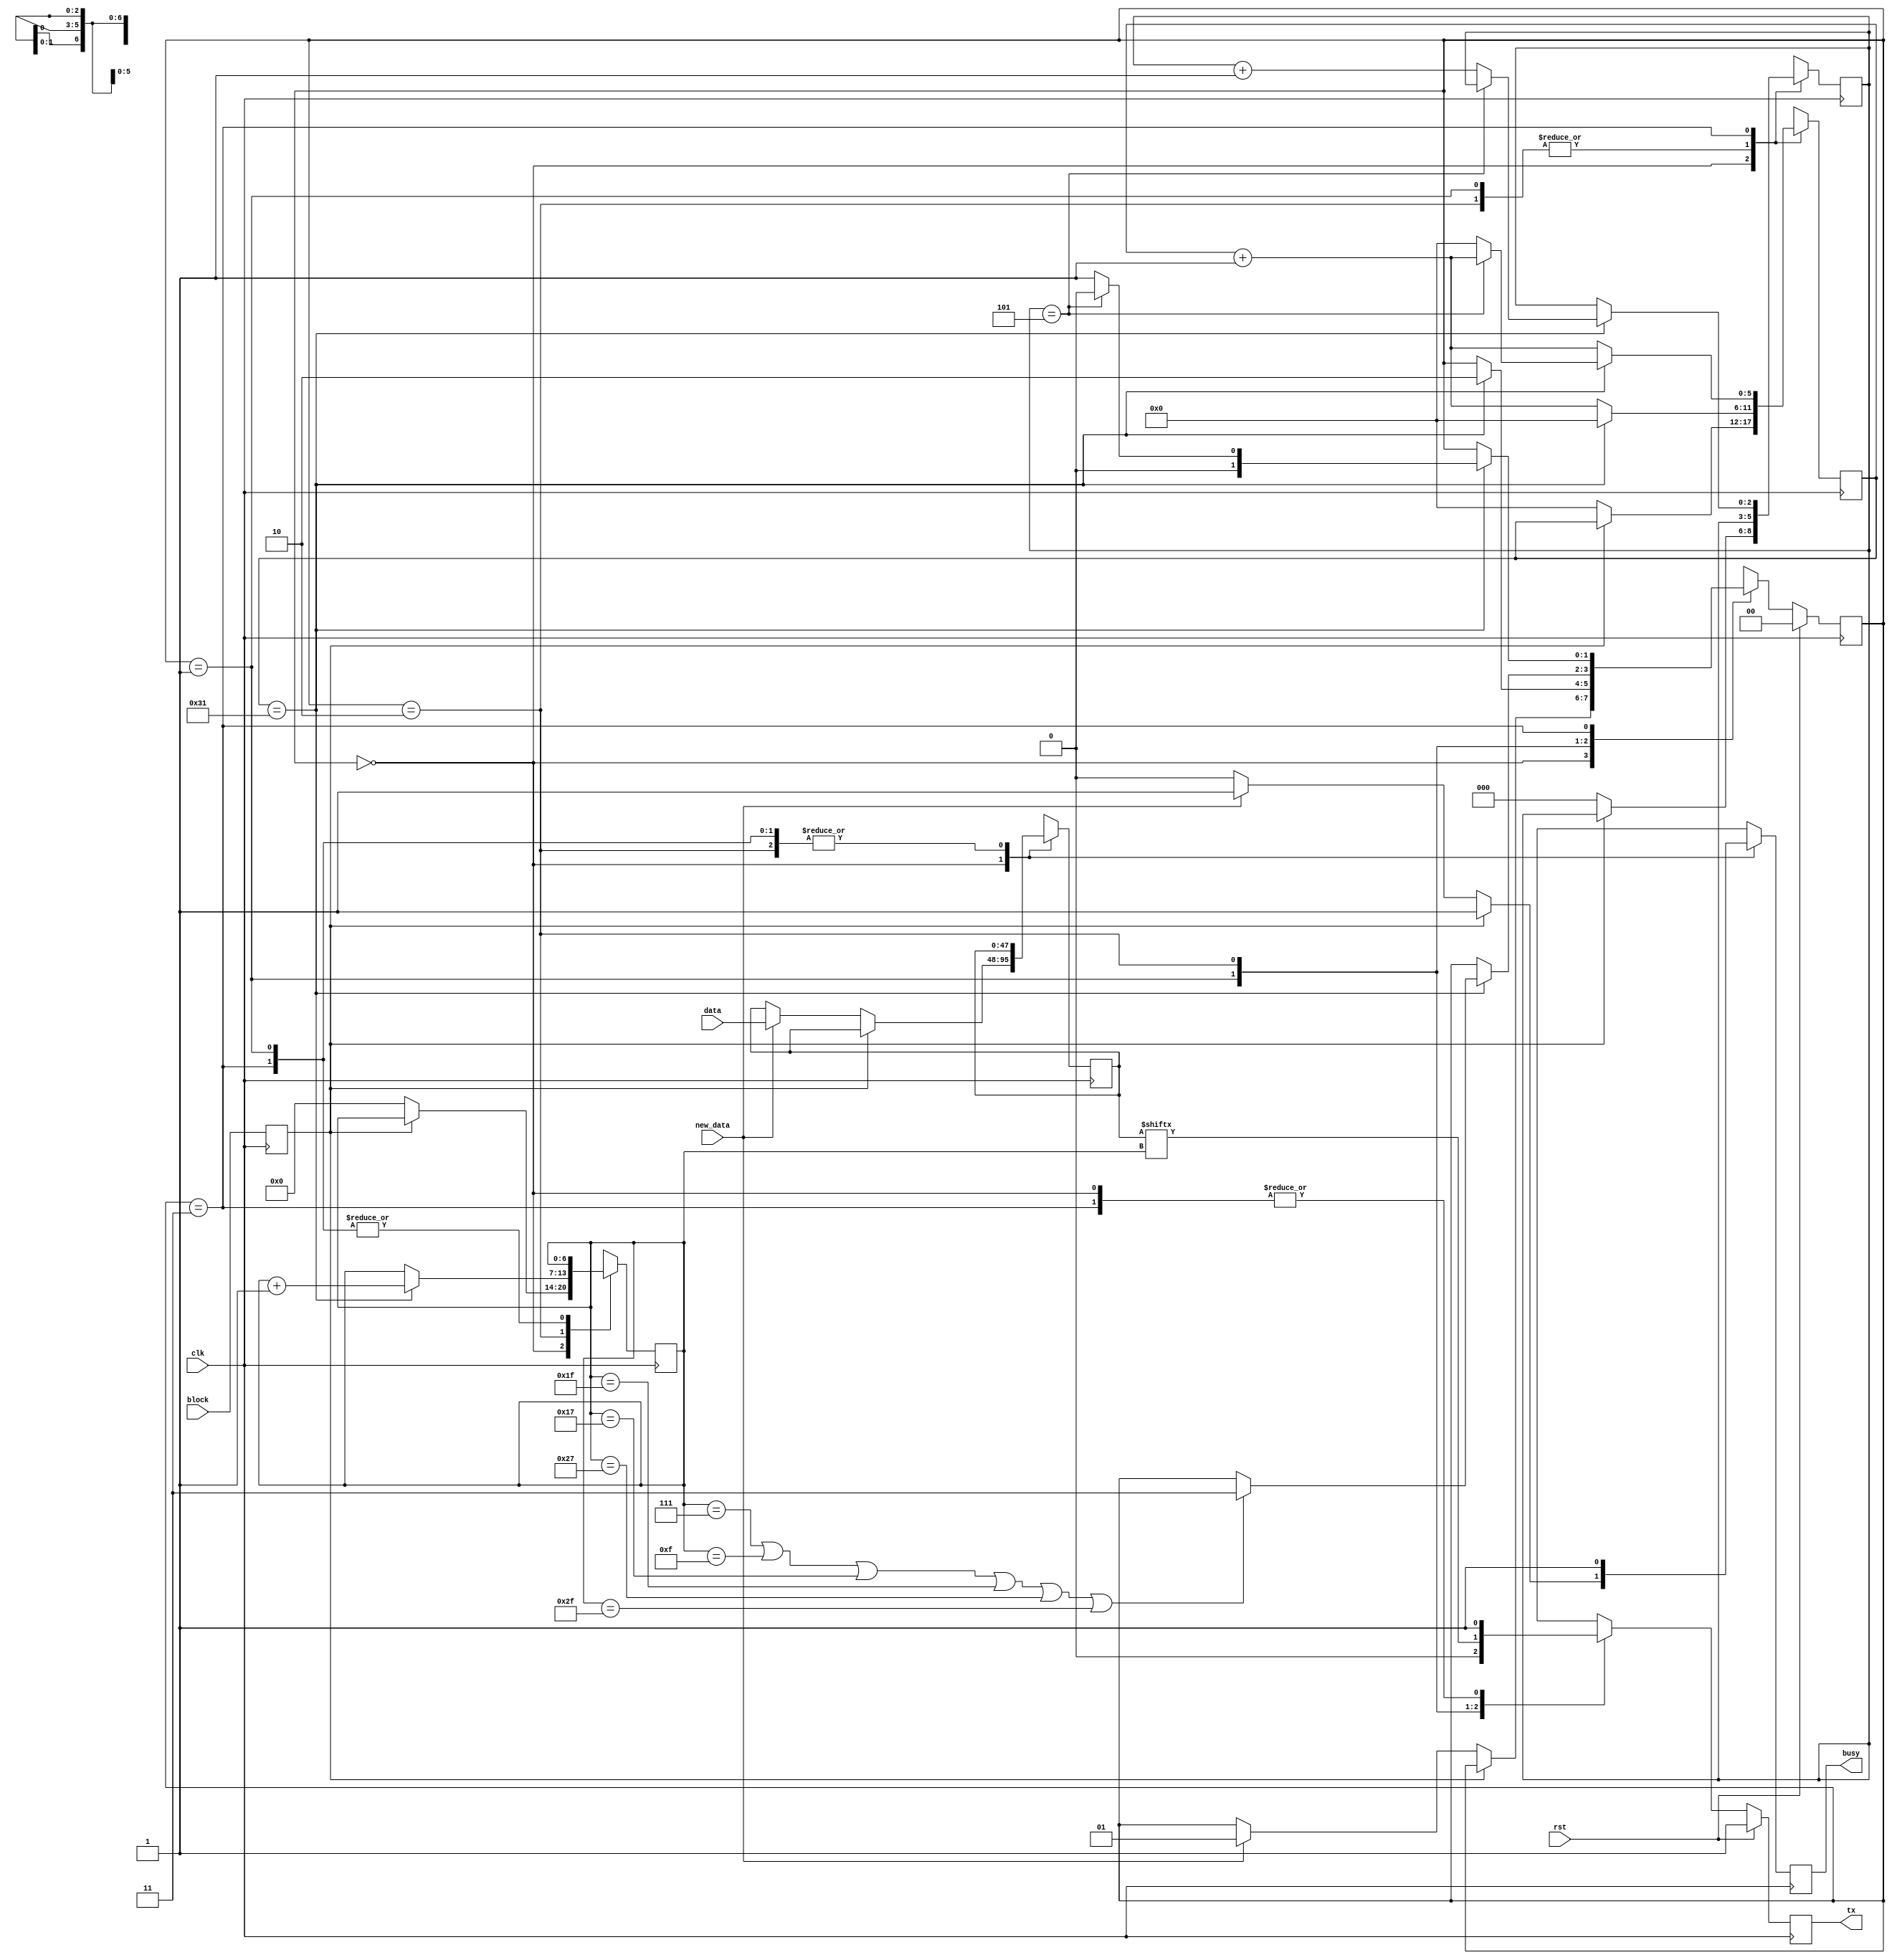
module serial_tx2_14 #(
        parameter CLK_PER_BIT = 50
    )(
        // INPUT
        input clk,
        input rst,
        input block,
        input new_data,
        input [47:0] data,
        
        // OUTPUT
        output tx,
        output busy
    );

    // clog2 is 'ceiling of log base 2' which gives you the number of bits needed to store a value
    parameter CTR_SIZE = $clog2(CLK_PER_BIT);

    localparam STATE_SIZE = 2;
    localparam IDLE = 2'd0,
    START_BIT = 2'd1,
    DATA = 2'd2,
    STOP_BIT = 2'd3;

    reg [CTR_SIZE-1:0] ctr_d, ctr_q;
    reg [6:0] bit_ctr_d, bit_ctr_q;
    reg [47:0] data_d, data_q;
    reg [STATE_SIZE-1:0] state_d, state_q = IDLE;
    reg tx_d, tx_q;
    reg busy_d, busy_q;
    reg block_d, block_q;

    reg [2:0] Byte_countr_d,Byte_countr_q;

    assign tx = tx_q;
    assign busy = busy_q;

    always @(*) begin
        block_d = block;
        ctr_d = ctr_q;
        bit_ctr_d = bit_ctr_q;
        data_d = data_q;
        state_d = state_q;
        busy_d = busy_q;
        Byte_countr_d = Byte_countr_q;

        case (state_q)
            IDLE: begin
                if (block_q) begin
                    busy_d = 1'b1;
                    tx_d = 1'b1;
                end else begin
                    busy_d = 1'b0;
                    tx_d = 1'b1;
                    bit_ctr_d = 4'd0;
                    ctr_d = 1'b0;
                    Byte_countr_d=1'b0;
                    if (new_data) begin
                        data_d = data;
                        state_d = START_BIT;
                        busy_d = 1'b1;
                    end
                end
            end

            START_BIT: begin
                busy_d = 1'b1;
                ctr_d = ctr_q + 1'b1;
                tx_d = 1'b0;
                if (ctr_q == CLK_PER_BIT - 1) begin
                    ctr_d = 1'b0;
                    state_d = DATA;
                end
            end
            DATA: begin
                busy_d = 1'b1;
                tx_d = data_q[bit_ctr_q];
                ctr_d = ctr_q + 1'b1;
                if (ctr_q == CLK_PER_BIT - 1) begin
                    ctr_d = 1'b0;
                    bit_ctr_d = bit_ctr_q + 1'b1;
                    // for 8 bytes
                    if (bit_ctr_q == 7 || bit_ctr_q == 15 || bit_ctr_q == 23 || bit_ctr_q == 31||bit_ctr_q == 39|| bit_ctr_q == 47 ) begin//|| bit_ctr_q == 39 || bit_ctr_q == 47 || bit_ctr_q == 55 || bit_ctr_q == 63) begin//  change if increase package
                        state_d = STOP_BIT;
                    end
                end
            end
            STOP_BIT: begin
                busy_d = 1'b1;
                tx_d = 1'b1;
                ctr_d = ctr_q + 1'b1;
                if (ctr_q == CLK_PER_BIT - 1) begin
                    // 8 bytes -> 3'd7
                    if (Byte_countr_q == 3'd5) begin 
                        state_d = IDLE;
                    end else begin
                        // make delay to avoid error becuase of missmatch of speed
                        Byte_countr_d = Byte_countr_q +1'b1;
                        state_d = START_BIT;
                        ctr_d = 1'b0;
                    end               
                end


            end






            default: begin
                state_d = IDLE;
            end
        endcase
    end

    always @(posedge clk) begin
        if (rst) begin
            state_q <= IDLE;
            tx_q <= 1'b1;
        end else begin
            state_q <= state_d;
            tx_q <= tx_d;
        end

        Byte_countr_q <= Byte_countr_d;
        block_q <= block_d;
        data_q <= data_d;
        bit_ctr_q <= bit_ctr_d;
        ctr_q <= ctr_d;
        busy_q <= busy_d;
    end

endmodule